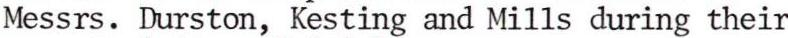
Messrs. Durston, Kesting and Mills during their